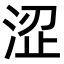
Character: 涩